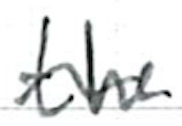
Text: the
Cross-out: wave
Writing tool: ballpoint